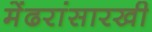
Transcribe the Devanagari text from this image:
मेंढरांसारखी